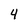
Character: 4